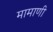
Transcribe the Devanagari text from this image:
मामाणी